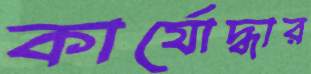
কার্যোদ্ধার